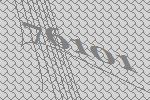
76101